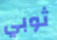
ثوبي